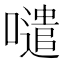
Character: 𱕊